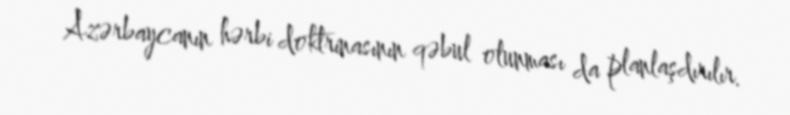
Azərbaycanın hərbi doktrinasının qəbul olunması da planlaşdırılır.